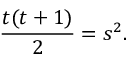
{ \frac { t ( t + 1 ) } { 2 } } = s ^ { 2 } .